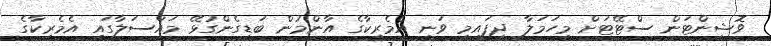
ވޮޝިންޓަން ސްޓޭޓަށް މިހަމަލާ ދީފައިމި ވަނީ އެމެރިކާގެ އާންމުން ބަޑިގެންގުޅޭ މައްސަލާގައި އެމެރިކާގެ